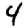
Digit: 4